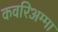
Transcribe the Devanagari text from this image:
कवरिअम्मा